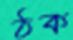
ঠক